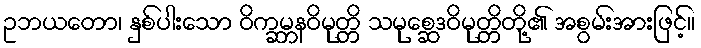
ဥဘယတော၊ နှစ်ပါးသော ဝိက္ခမ္ဘနဝိမုတ္တိ သမုစ္ဆေဒဝိမုတ္တိတို့၏ အစွမ်းအားဖြင့်။